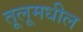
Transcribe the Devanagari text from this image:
तूलूमधील